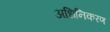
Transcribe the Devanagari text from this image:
अधिनिकरण